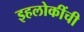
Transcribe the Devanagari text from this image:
इहलोकींची